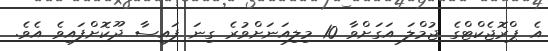
އެ ޕްރޮޖެކްޓްގެ ޖުމްލަ އަގަށްވާ 10 މިލިއަނަށްވުރެ ގިނަ ފައިސާ ދޫކޮށްފައިވެ އެވެ.